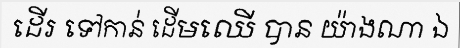
ដើរ ទៅកាន់ ដើមឈើ បាន យ៉ាងណា ឯ